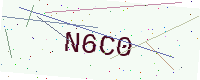
Text: N6C0